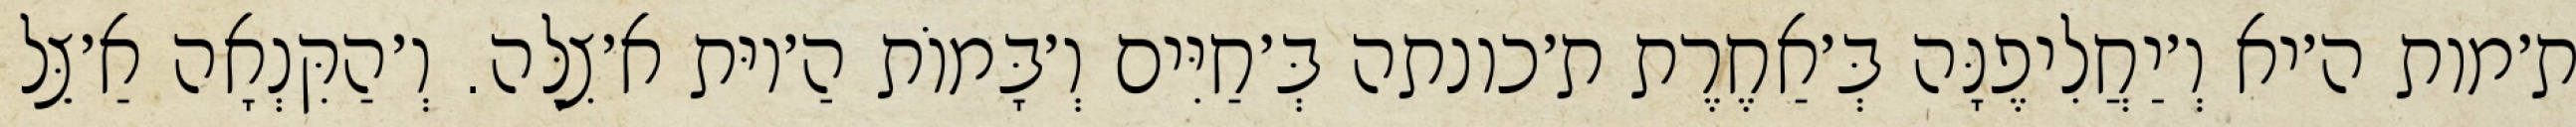
ת׳מות ה׳יא וְ׳יַחֲלִיפֶנָּה בְּ׳אַחֶרֶת ת׳כונתה בְּ׳חַיִּים וְ׳בָּמוֹת הַ׳יוּת א׳צִלָּה. וְ׳הַקִּנְאָה אַ׳צֵּל